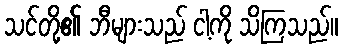
သင်တို့၏ ဘီများသည် ငါ့ကို သိကြသည်။